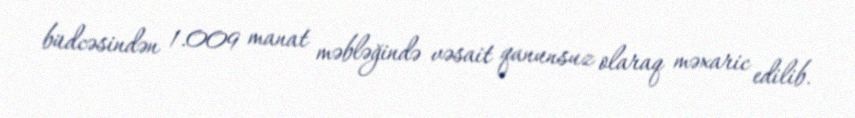
büdcəsindən 1.009 manat məbləğində vəsait qanunsuz olaraq məxaric edilib.